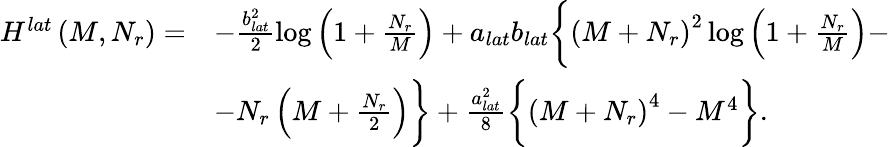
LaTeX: \begin{array}{rl}{H^{lat}\left(M,N_{r}\right)=}&{-\frac{b_{lat}^{2}}{2}\log\left(1+\frac{N_{r}}{M}\right)+a_{lat}b_{lat}\bigg\{ \left(M+N_{r}\right)^{2}\log\left(1+\frac{N_{r}}{M}\right)-}\\ &{-N_{r}\left(M+\frac{N_{r}}{2}\right)\bigg\} +\frac{a_{lat}^{2}}{8}\bigg\{ \left(M+N_{r}\right)^{4}-M^{4}\bigg\} .}\end{array}